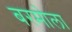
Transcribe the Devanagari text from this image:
बरमोला